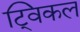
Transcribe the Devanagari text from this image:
ट्विकल